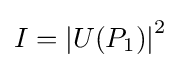
I=\left|U(P_{1})\right|^{2}